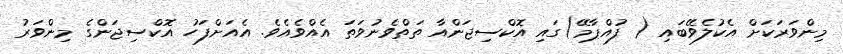
މިންވަރަކަށް އެކުލެވޭބައި ( ފުއްޕާމޭ)ގައި އޮކްސިޖަންއާ ތަތްވެނުވަތަ އެއްވެއެވެ. އެއަށްފަހު އޮކްސިޖަންގެ މިންވަރު